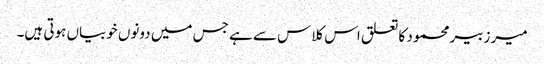
میر زبیر محمود کا تعلق اس کلاس سے ہے جس میں دونوں خوبیاں ہوتی ہیں۔